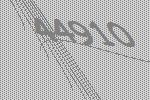
44910